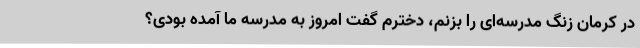
در کرمان زنگ مدرسه‌ای را بزنم، دخترم گفت امروز به مدرسه ما آمده بودی؟